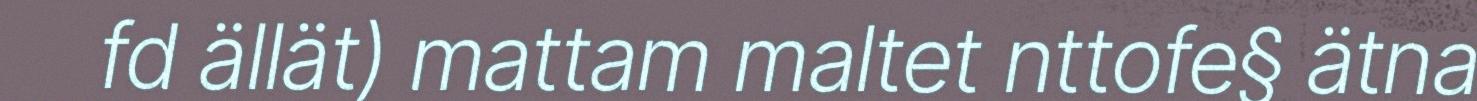
fd ällät) mattam maltet nttofe§ ätna